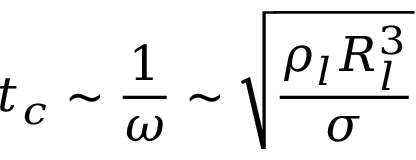
t _ { c } \sim \frac { 1 } { \omega } \sim \sqrt { \frac { \rho _ { l } R _ { l } ^ { 3 } } { \sigma } }